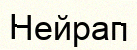
Нейрап